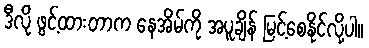
ဒီလို ဖွင့်ထားတာက နေအိမ်ကို အပူချိန် မြင့်စေနိုင်လို့ပါ။